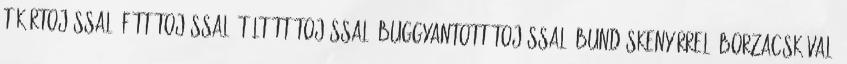
tükörtojással, főtt tojással, töltött tojással, buggyantott tojással, bundáskenyérrel, borzacskával,